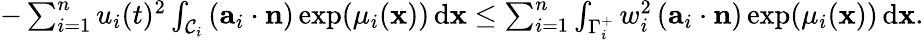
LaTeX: \begin{array}{r}{-\sum_{i=1}^{n}u_{i}(t)^{2}\int_{\mathcal{C}_{i}}\left(\mathbf{a}_{i}\cdot\mathbf{n}\right)\exp(\mu_{i}(\mathbf{x}))\, \textup{d}\mathbf{x}\leq\sum_{i=1}^{n}\int_{\Gamma_{i}^{+}}w_{i}^{2}\left(\mathbf{a}_{i}\cdot\mathbf{n}\right)\exp(\mu_{i}(\mathbf{x}))\, \textup{d}\mathbf{x}.}\end{array}